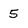
Character: 5